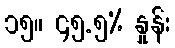
၁၅။ ၄၅.၅% နှုန်း